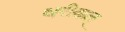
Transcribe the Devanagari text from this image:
थरीकत्